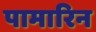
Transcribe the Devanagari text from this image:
पामारिन